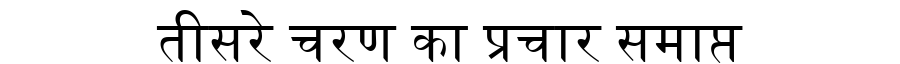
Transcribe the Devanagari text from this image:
तीसरे चरण का प्रचार समाप्त